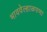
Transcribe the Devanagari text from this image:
भाववेल्हाळपणा